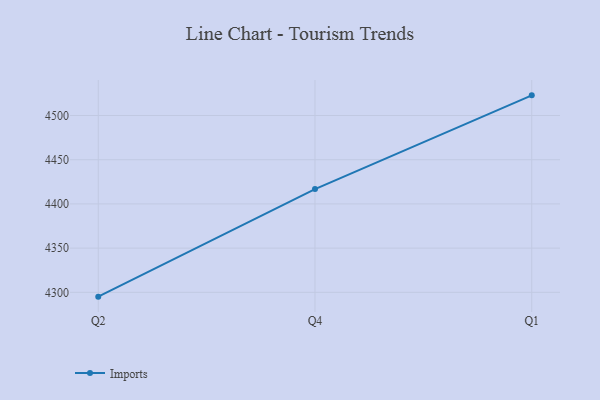
{"axis": {"x": "Quarter", "y": "Operating Costs (USD K)"}, "legend": ["Imports"], "data": [{"x": "Q2", "y": 4295.1, "type": "Imports"}, {"x": "Q4", "y": 4416.8, "type": "Imports"}, {"x": "Q1", "y": 4522.8, "type": "Imports"}]}